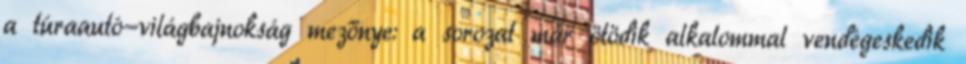
a túraautó-világbajnokság mezőnye: a sorozat már ötödik alkalommal vendégeskedik